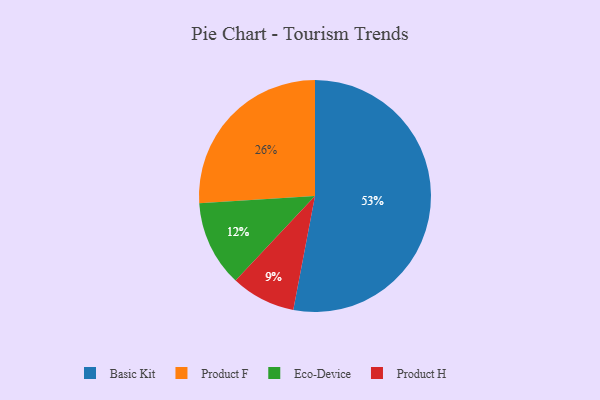
{"axis": {"x": "Category", "y": "Percentage"}, "legend": ["Basic Kit", "Eco-Device", "Product F", "Product H"], "data": [{"x": "Product F", "y": 26, "type": "Product F"}, {"x": "Product H", "y": 9, "type": "Product H"}, {"x": "Basic Kit", "y": 53, "type": "Basic Kit"}, {"x": "Eco-Device", "y": 12, "type": "Eco-Device"}]}